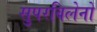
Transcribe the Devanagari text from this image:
सुपरविलेनों